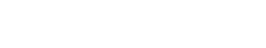
ညပိုင်းတွင် ပညာသင်သည်။